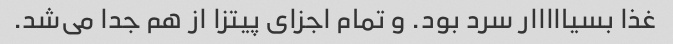
غذا بسیااااار سرد بود. و تمام اجزای پیتزا از هم جدا می‌شد.